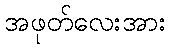
အဖုတ်လေးအား